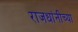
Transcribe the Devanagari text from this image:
राजधांनीच्या